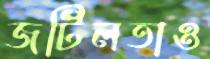
জটিলতাও